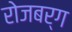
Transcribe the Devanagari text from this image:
रोजबर्ग